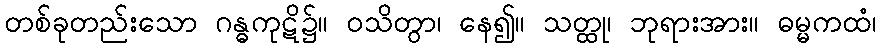
တစ်ခုတည်းသော ဂန္ဓကုဋိ၌။ ဝသိတွာ၊ နေ၍။ သတ္ထု၊ ဘုရားအား။ ဓမ္မကထံ၊